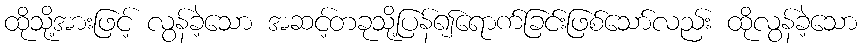
ထိုသို့အားဖြင့် လွန်ခဲ့သော အဆင့်တခုသို့ပြန်၍ရောက်ခြင်းဖြစ်သော်လည်း ထိုလွန်ခဲ့သော